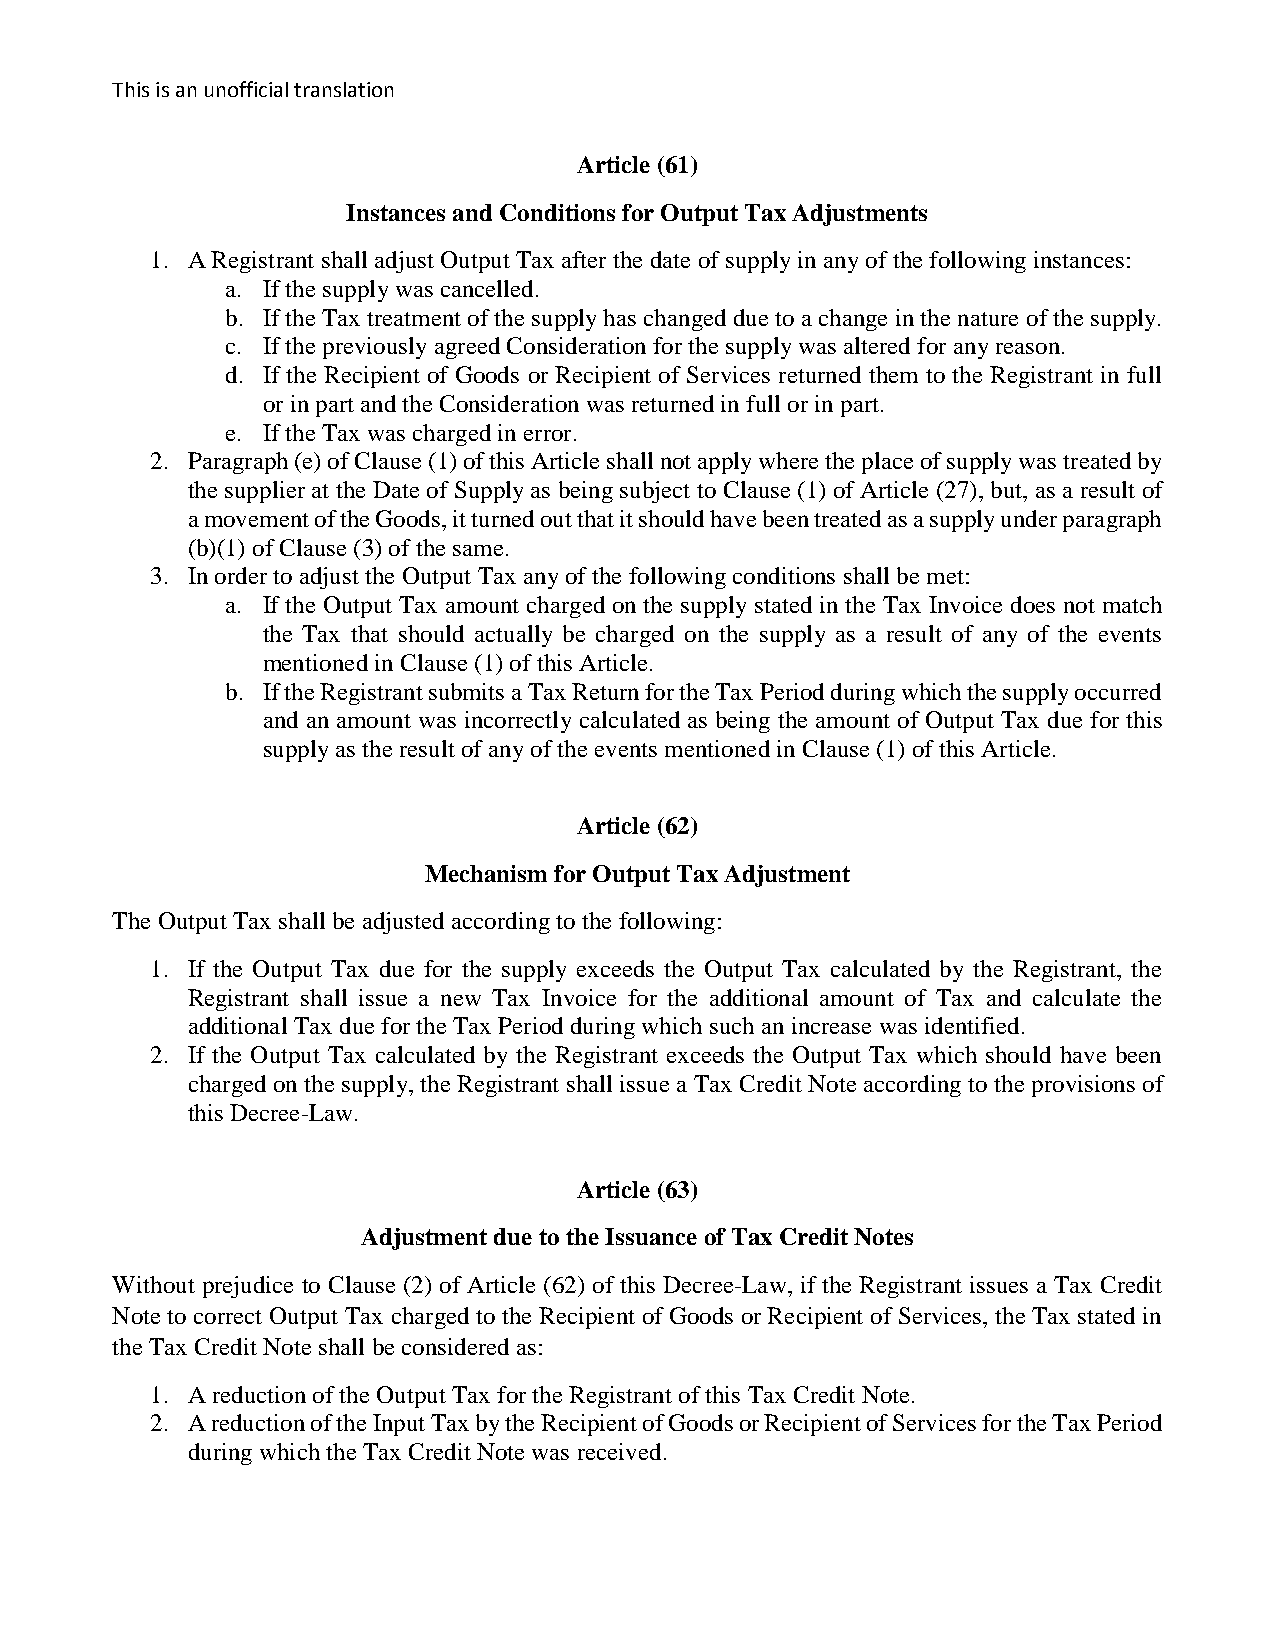
This is an unofficial translation
 Article (61)
 Instances and Conditions for Output Tax Adjustments
 1. A Registrant shall adjust Output Tax after the date of supply in any of the following instances:
 a. If the supply was cancelled.
 b. If the Tax treatment of the supply has changed due to a change in the nature of the supply.
 c. If the previously agreed Consideration for the supply was altered for any reason.
 d. If the Recipient of Goods or Recipient of Services returned them to the Registrant in full
 or in part and the Consideration was returned in full or in part.
 e. If the Tax was charged in error.
 2. Paragraph (e) of Clause (1) of this Article shall not apply where the place of supply was treated by
 the supplier at the Date of Supply as being subject to Clause (1) of Article (27), but, as a result of
 a movement of the Goods, it turned out that it should have been treated as a supply under paragraph
 (b)(1) of Clause (3) of the same.
 3. In order to adjust the Output Tax any of the following conditions shall be met:
 a. If the Output Tax amount charged on the supply stated in the Tax Invoice does not match
 the Tax that should actually be charged on the supply as a result of any of the events
 mentioned in Clause (1) of this Article.
 b. If the Registrant submits a Tax Return for the Tax Period during which the supply occurred
 and an amount was incorrectly calculated as being the amount of Output Tax due for this
 supply as the result of any of the events mentioned in Clause (1) of this Article.
 Article (62)
 Mechanism for Output Tax Adjustment
 The Output Tax shall be adjusted according to the following:
 1. If the Output Tax due for the supply exceeds the Output Tax calculated by the Registrant, the
 Registrant shall issue a new Tax Invoice for the additional amount of Tax and calculate the
 additional Tax due for the Tax Period during which such an increase was identified.
 2. If the Output Tax calculated by the Registrant exceeds the Output Tax which should have been
 charged on the supply, the Registrant shall issue a Tax Credit Note according to the provisions of
 this Decree-Law.
 Article (63)
 Adjustment due to the Issuance of Tax Credit Notes
 Without prejudice to Clause (2) of Article (62) of this Decree-Law, if the Registrant issues a Tax Credit
 Note to correct Output Tax charged to the Recipient of Goods or Recipient of Services, the Tax stated in
 the Tax Credit Note shall be considered as:
 1. A reduction of the Output Tax for the Registrant of this Tax Credit Note.
 2. A reduction of the Input Tax by the Recipient of Goods or Recipient of Services for the Tax Period
 during which the Tax Credit Note was received.